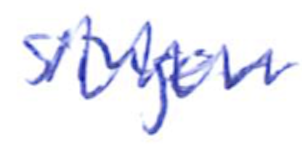
Text: singer
Cross-out: zig-zag
Writing tool: ballpoint